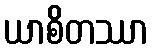
ယာစိတဿာ